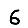
Digit: 6